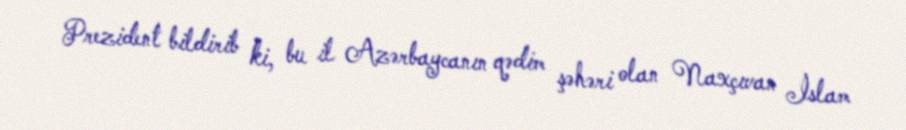
Prezident bildirib ki, bu il Azərbaycanın qədim şəhəri olan Naxçıvan İslam